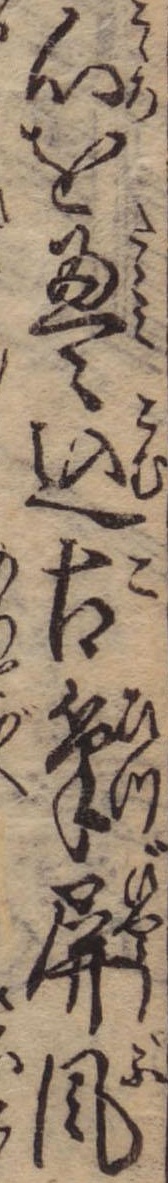
心を畳込古筆屏風